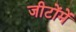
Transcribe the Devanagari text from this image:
जीटोंमें